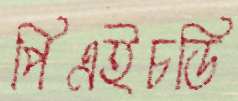
পিএইচডি